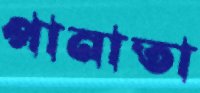
পানাতা